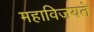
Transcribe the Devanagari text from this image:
महाविजयते